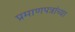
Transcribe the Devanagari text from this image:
प्रमाणपत्रांच्या